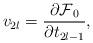
LaTeX: \begin{align*}v_{2l}=\frac{\partial \mbox{$\cal F$}_0}{\partial t_{2l-1}},\end{align*}